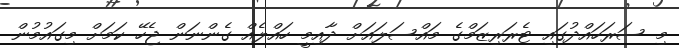
މި ސަރަހައްދުގައި ޓެރަރިޒަމްގެ މައްސަލައަށް ދާއިމީ ހައްލެއް ގެންނަން ޖެހޭ ކަމަށް މިގައުމުން